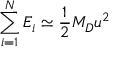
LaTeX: \sum _ { i = 1 } ^ { N } E _ { i } \simeq \frac { 1 } { 2 } M _ { D } u ^ { 2 }